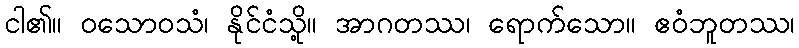
ငါ၏။ ဝသောဝသံ၊ နိုင်ငံသို့။ အာဂတဿ၊ ရောက်သော။ ဧဝံဘူတဿ၊